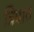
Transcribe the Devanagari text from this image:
त्रिपाठ